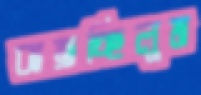
ঝাম্‌রাচ্ছিলুম